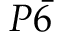
P \bar { 6 }